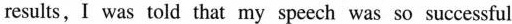
results, I was told that my speech was so successful